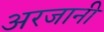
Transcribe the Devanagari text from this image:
अरजानी